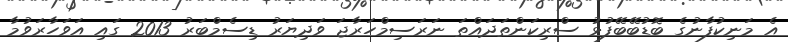
އެ މަނިކުފާނުގެ ބޮޑުބޭބޭފުޅު ސްރިކަންތަދައްތަ ނަރަސިމްހަރާޖަ ވަދިޔަރު ޑިސެމްބަރު 2013 ގައި އަވަހާރަވުމާ